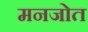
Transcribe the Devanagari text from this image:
मनजोत